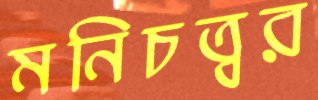
মনিচত্বর